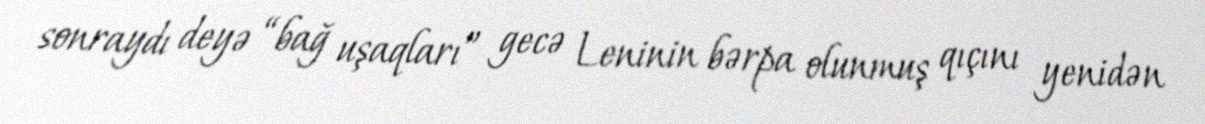
sonraydı deyə “bağ uşaqları” gecə Leninin bərpa olunmuş qıçını yenidən